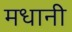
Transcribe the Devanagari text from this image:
मधानी